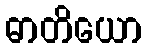
ဓာတိယော